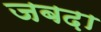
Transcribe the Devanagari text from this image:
जबद़ा